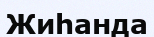
Жиһанда